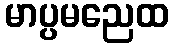
မာပ္ပမညေထ